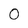
Character: 0